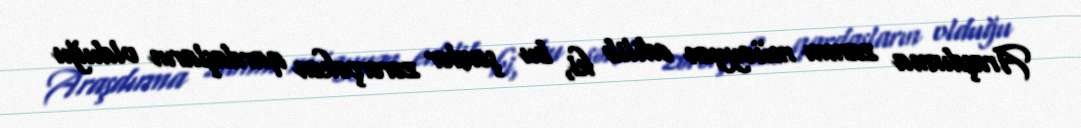
Araşdırma zamnı müəyyən edilib ki, bu şəxslər zərərçəkən qardaşların olduğu